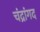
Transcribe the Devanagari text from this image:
चंद्रांगद